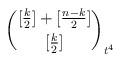
LaTeX: \begin{align*}\binom{[\frac{k}{2}]+[\frac{n-k}{2}]}{[\frac{k}{2}]}_{t^4}\end{align*}